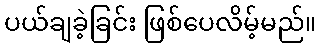
ပယ်ချခဲ့ခြင်း ဖြစ်ပေလိမ့်မည်။